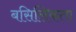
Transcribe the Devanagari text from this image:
बसिलिकता